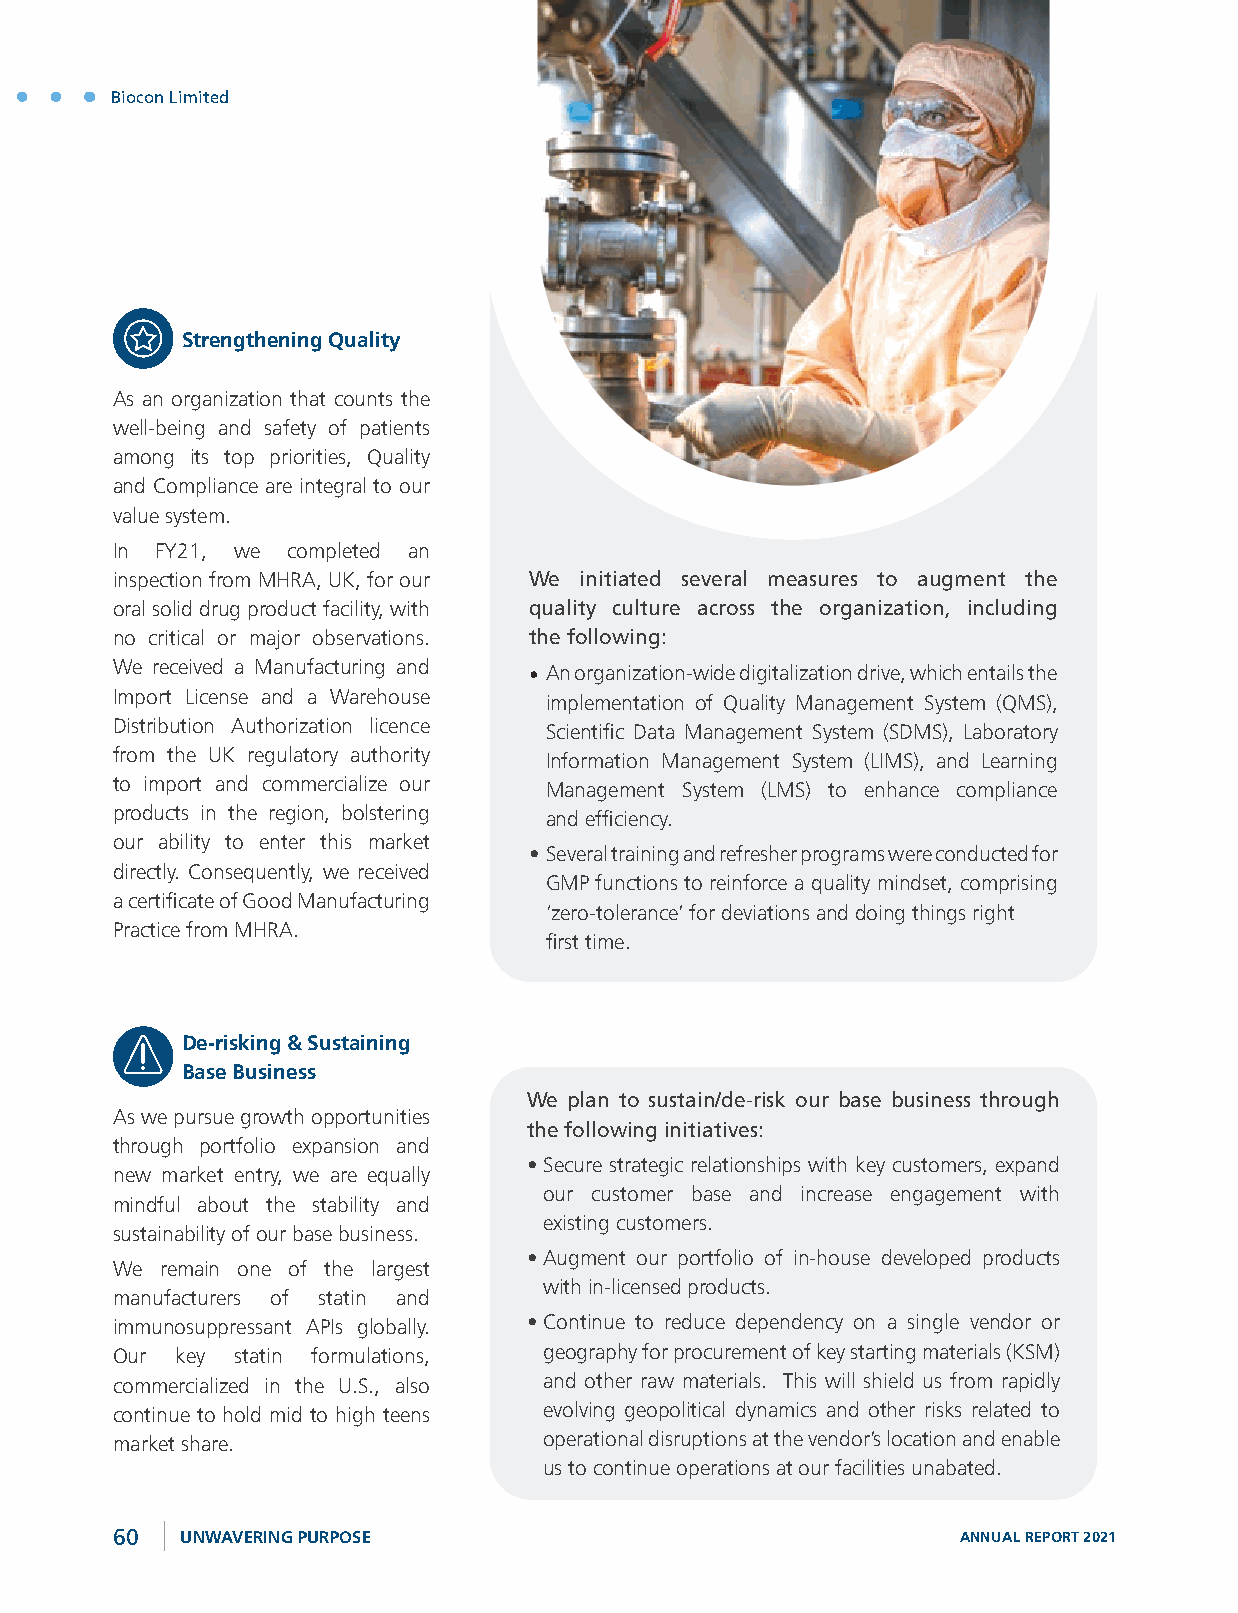
Biocon Limited
 Strengthening Quality
 As an organization that counts the
 well-being and safety of patients
 among its top priorities, Quality
 and Compliance are integral to our
 value system.
 In FY21, we completed an
 inspection from MHRA, UK, for our We initiated several measures to augment the
 oral solid drug product facility, with quality culture across the organization, including
 no critical or major observations. the following:
 We received a Manufacturing and • An organization-wide digitalization drive, which entails the
 Import License and a Warehouse implementation of Quality Management System (QMS),
 Distribution Authorization licence Scientific Data Management System (SDMS), Laboratory
 from the UK regulatory authority Information Management System (LIMS), and Learning
 to import and commercialize our Management System (LMS) to enhance compliance
 products in the region, bolstering and efficiency.
 our ability to enter this market
 • Several training and refresher programs were conducted for
 directly. Consequently, we received
 GMP functions to reinforce a quality mindset, comprising
 a certificate of Good Manufacturing
 ‘zero-tolerance’ for deviations and doing things right
 Practice from MHRA.
 first time.
 De-risking & Sustaining
 Base Business
 We plan to sustain/de-risk our base business through
 As we pursue growth opportunities
 the following initiatives:
 through portfolio expansion and
 • Secure strategic relationships with key customers, expand
 new market entry, we are equally
 our customer base and increase engagement with
 mindful about the stability and
 existing customers.
 sustainability of our base business.
 • Augment our portfolio of in-house developed products
 We  remain one of the largest
 with in-licensed products.
 manufacturers of statin and
 immunosuppressant APIs globally. • Continue to reduce dependency on a single vendor or
 Our  key statin formulations, geography for procurement of key starting materials (KSM)
 commercialized in the U.S., also and other raw materials. This will shield us from rapidly
 continue to hold mid to high teens evolving geopolitical dynamics and other risks related to
 market share.                operational disruptions at the vendor’s location and enable
 us to continue operations at our facilities unabated.
 60   UNWAVERING PURPOSE                                  ANNUAL REPORT 2021